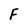
Character: F